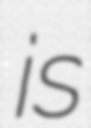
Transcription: is